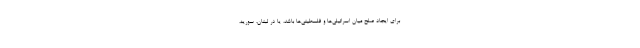
برای ایجاد صلح میان اسرائیلی‌ها و فلسطینی‌ها باشد، یا در لبنان، سوریه،